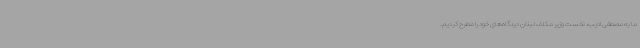
ما به مصطفی ادیب، نخست وزیر مکلف لبنان دیدگاه‌های خود را مطرح کردیم.